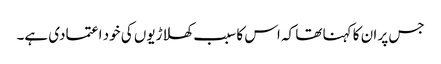
جس پر ان کا کہنا تھا کہ اس کا سبب کھلاڑیوں کی خود اعتمادی ہے۔